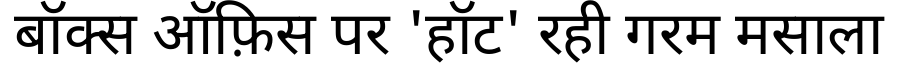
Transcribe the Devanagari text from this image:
बॉक्स ऑफ़िस पर 'हॉट' रही गरम मसाला